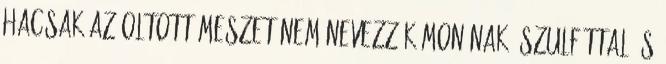
hacsak az oltott meszet nem nevezzük monónak. Szulfáttal és